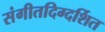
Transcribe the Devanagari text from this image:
संगीतदिग्दर्शित